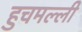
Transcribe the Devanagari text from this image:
हुचमल्ली